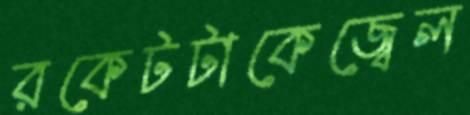
রকেটটাকেজ্বেল